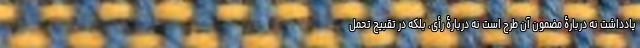
یادداشت نه دربارۀ مضمون آن طرح است نه دربارۀ رأی. بلکه در تقبیح تحمل